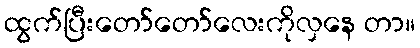
ထွက်ပြီးတော်တော်လေးကိုလှနေ တာ။